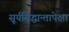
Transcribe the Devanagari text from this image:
सूर्यसिद्धान्तापेक्षा